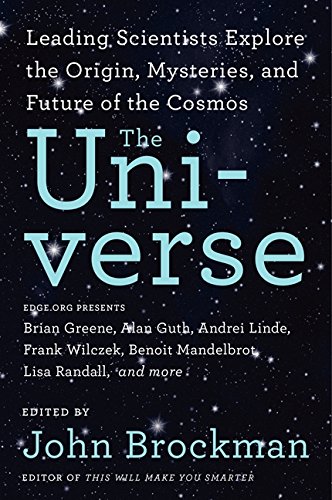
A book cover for The Universe: Leading Scientists Explore the Origin, Mysteries, and Future of the Cosmos (Best of Edge Series); John Brockman; Science & Math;